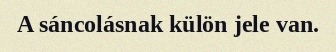
A sáncolásnak külön jele van.